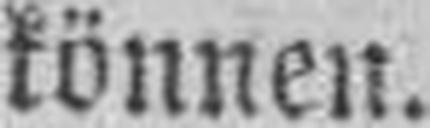
können.